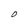
Character: O